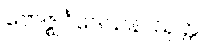
ဗောဇ္ဈင်္ဂဒေသနာသုတ္တ